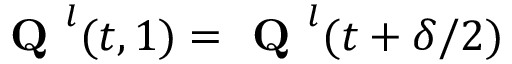
\textbf { Q } ^ { l } ( t , 1 ) = \textbf { Q } ^ { l } ( t + \delta / 2 )